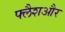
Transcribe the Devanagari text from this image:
फ्लैशऔर